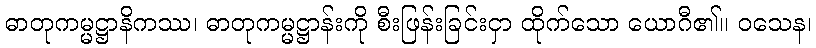
ဓာတုကမ္မဋ္ဌာနိကဿ၊ ဓာတုကမ္မဋ္ဌာန်းကို စီးဖြန်းခြင်းငှာ ထိုက်သော ယောဂီ၏။ ဝသေန၊